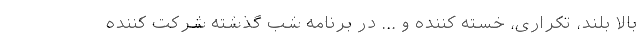
بالا بلند، تکراری، خسته کننده و ... در برنامه شب گذشته شرکت کننده